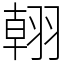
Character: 䎐